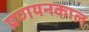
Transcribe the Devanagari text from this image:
प्रणयनकाल